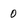
Character: 0